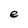
Character: e